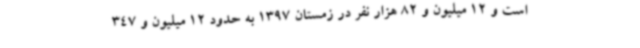
است و 12 میلیون و 82 هزار نفر در زمستان 1397 به حدود 12 میلیون و 347